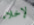
لإخلاء